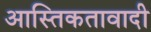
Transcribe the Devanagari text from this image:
आस्तिकतावादी